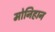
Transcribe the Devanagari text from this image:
मोनिहान